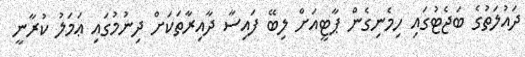
ދައުލަތުގެ ބަޖެޓުގައި ހިމެނިގެން ޕާޓީއަށް ލިބޭ ފައިސާ ދާއިރާތަކަށް ދިނުމުގައި ޢަމަލު ކުރާނީ